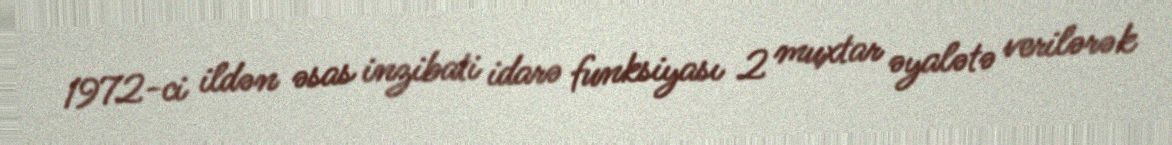
1972-ci ildən əsas inzibati idarə funksiyası 2 muxtar əyalətə verilərək